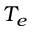
T _ { e }